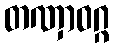
တဏှာဝဂ္ဂ